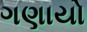
ગણાયો